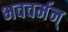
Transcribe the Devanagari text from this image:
भववर्मन्‌